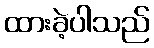
ထားခဲ့ပါသည်